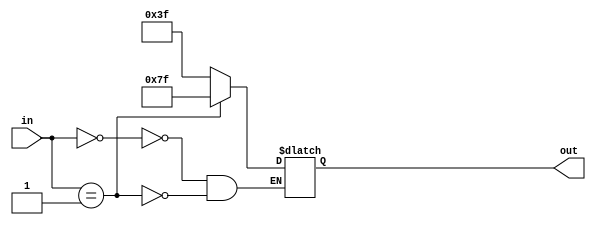
module sign_to_7seg (out, in);

output [6:0] out;
input [7:0] in;

reg [6:0] out;

always @(*)
	case (in)
		0: out = 7'b0111111;
		1: out = 7'b1111111;
	endcase
endmodule